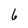
Character: 6